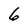
Character: 6